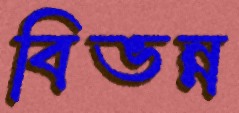
বিভন্ন